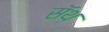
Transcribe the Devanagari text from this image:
सॅथ़